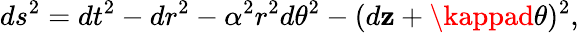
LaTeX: ds^{2}=dt^{2}-dr^{2}-\alpha^{2}r^{2}d\theta^{2}-(d\mathbf{z}+\kappad\theta)^{2},